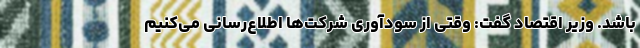
باشد. وزیر اقتصاد گفت: وقتی از سودآوری شرکت‌ها اطلاع‌رسانی می‌کنیم